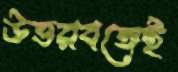
উত্তরবঙ্গেই